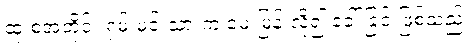
ထုံးစံအတိုင်း ရှမ်းမင်းသားက မေးမြန်းလို၍ ခေါ်ခြင်းဖြစ်သည်။